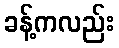
ခန့်ကလည်း